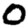
Digit: 0